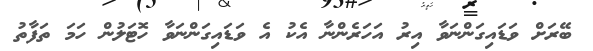
ބޭރަށް ވަޑައިގަންނަވާ އިރު އަހަރެންނާ އެކު އެ ވަޑައިގަންނަވާ ހޮޓަލުން ހަމަ ތަފާތު